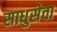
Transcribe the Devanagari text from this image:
साधुसेवा